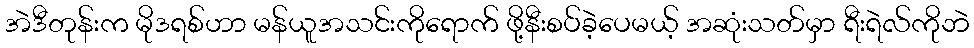
အဲဒီတုန်းက မိုဒရစ်ဟာ မန်ယူအသင်းကိုရောက် ဖို့နီးစပ်ခဲ့ပေမယ့် အဆုံးသတ်မှာ ရီးရဲလ်ကိုဘဲ